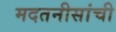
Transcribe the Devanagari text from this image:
मदतनीसांची